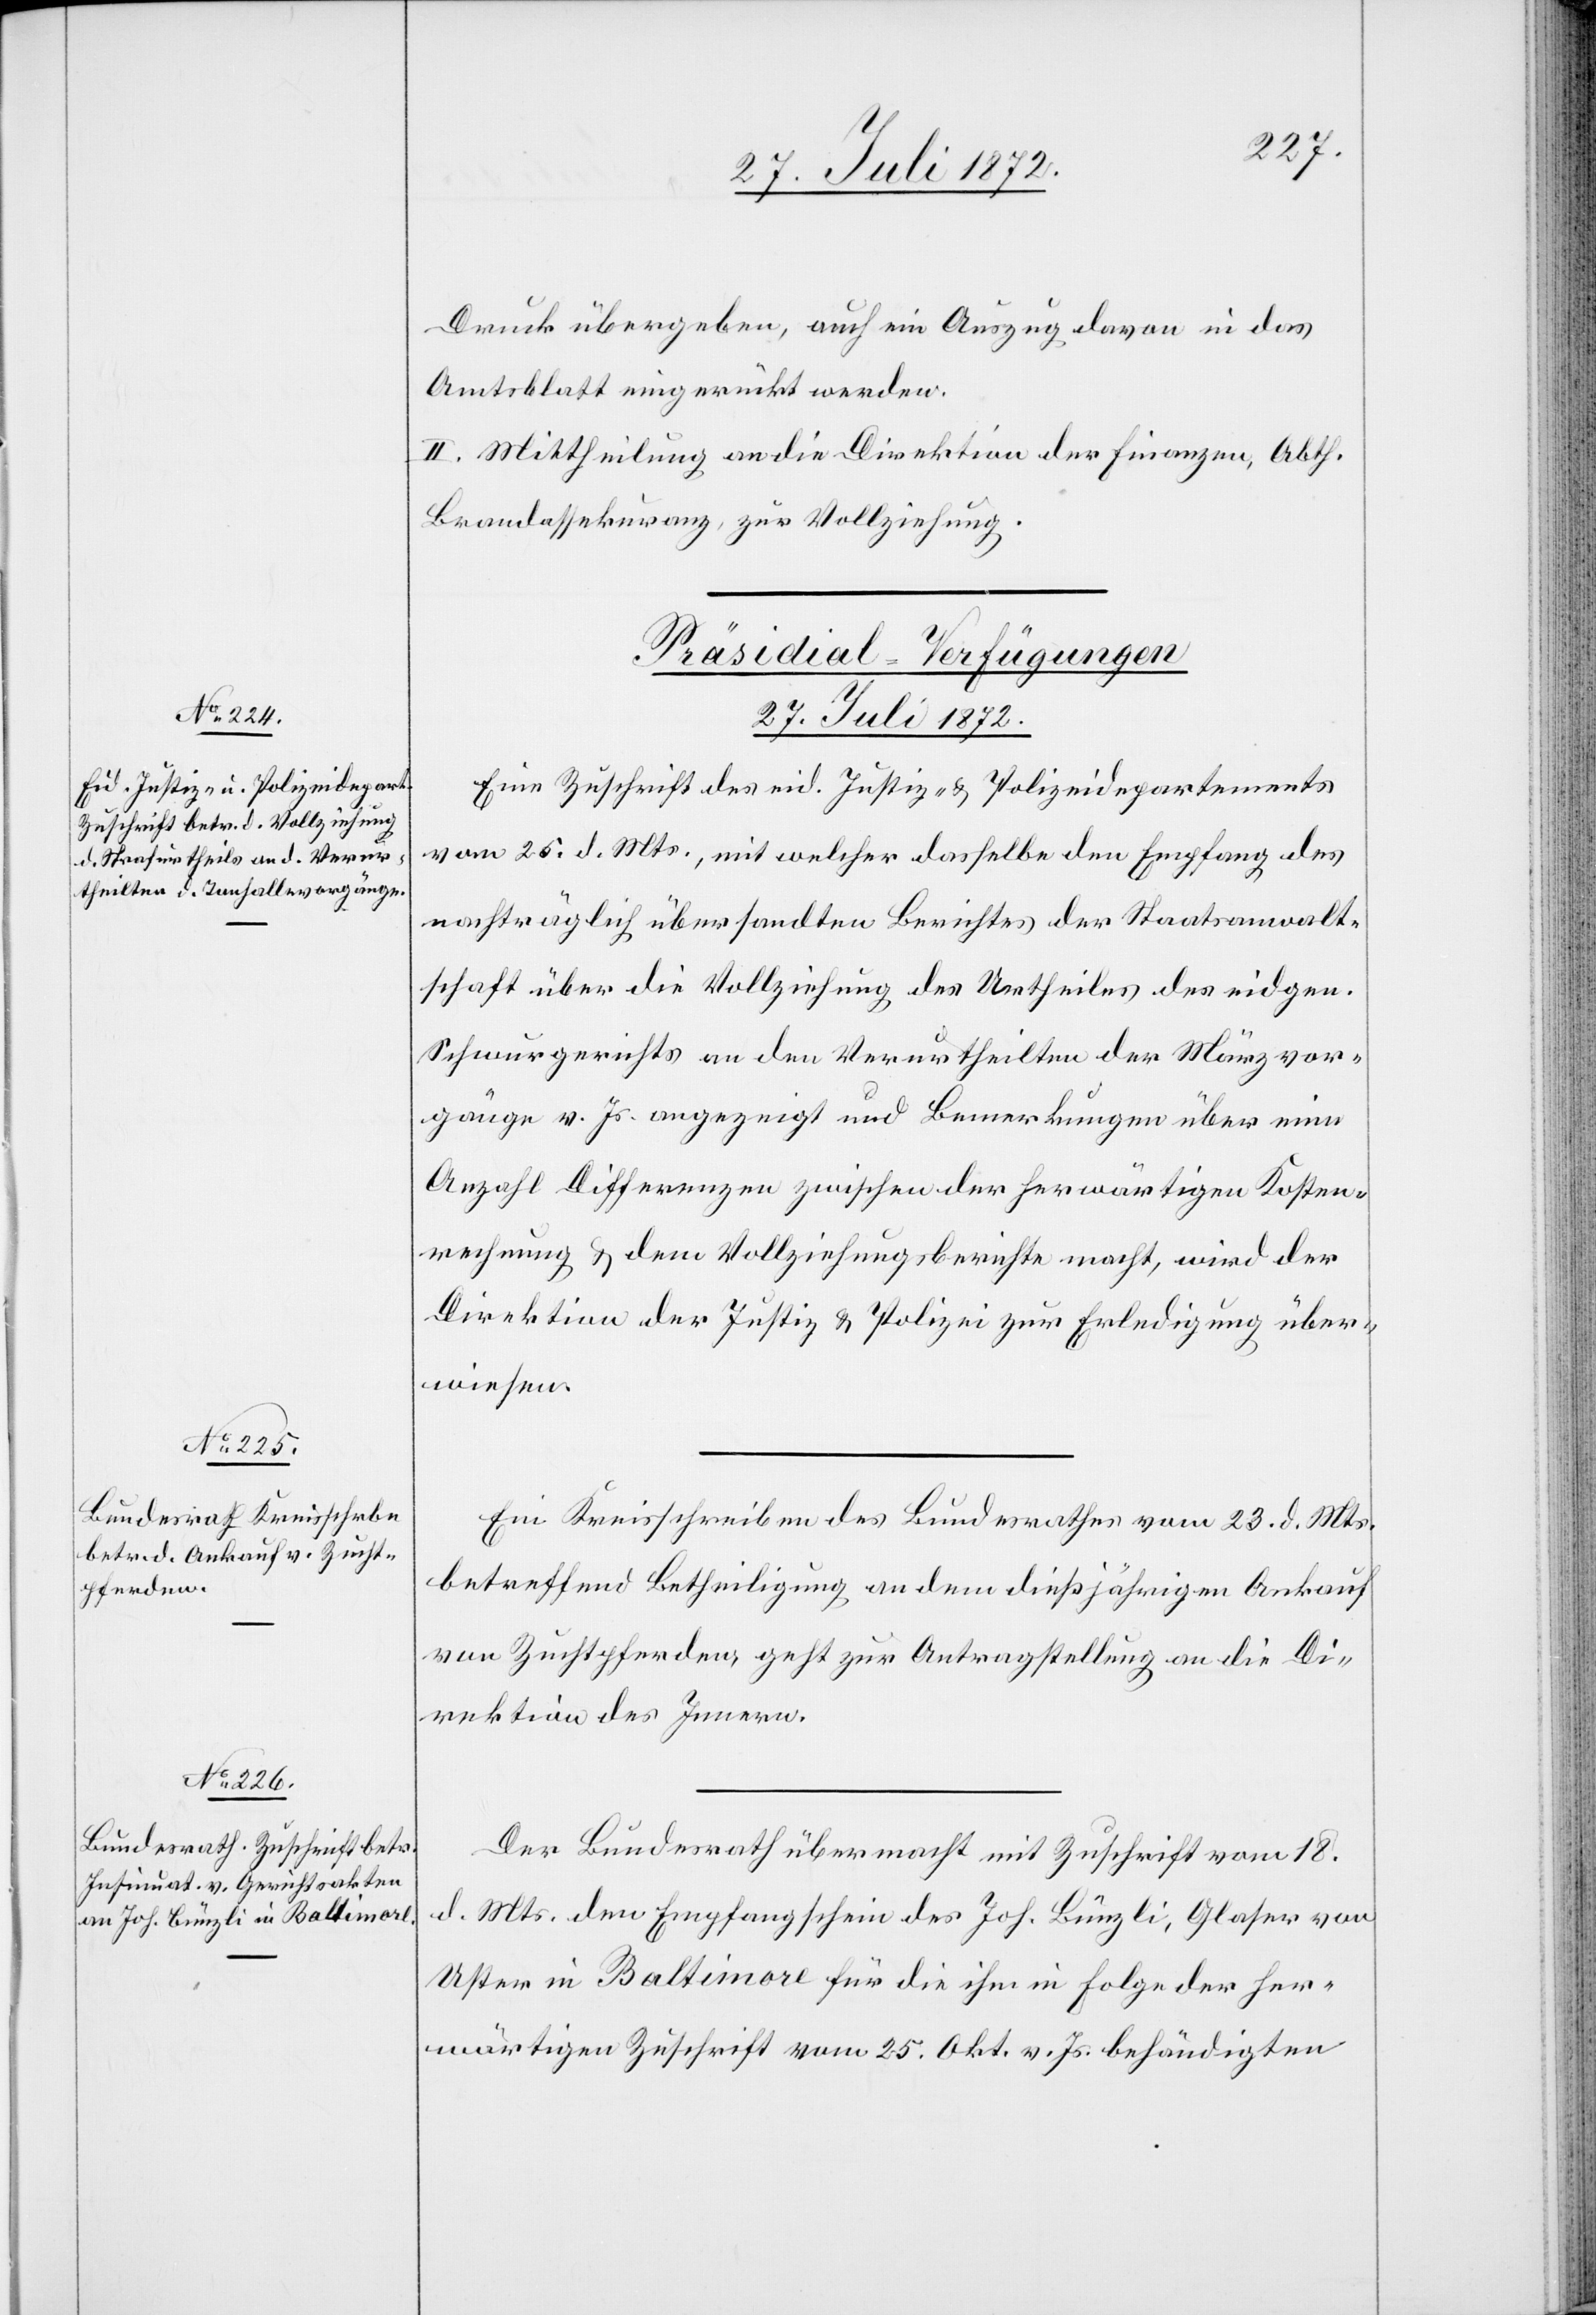
Druck übergeben, auch ein Auszug davon in das
Amtsblatt eingerückt werden.
II. Mittheilung an die Direktion der Finanzen, Abth.
Brandassekuranz, zur Vollziehung.
[Präsidial-Verfügungen
27. Juli 1872.]
Eine Zuschrift des eid. Justiz- u. Polizeidepartements
vom 25. d. Mts., mit welcher dasselbe den Empfang des
nachträglich übersandten Berichtes der Staatsanwalt¬
schaft über die Vollziehung des Urtheiles des eidgen.
Schwurgerichts an den Verurtheilten der Märzvor¬
gänge v. Js. angezeigt und Bemerkungen über eine
Anzahl Differenzen zwischen der herwärtigen Kosten¬
rechnung u. dem Vollziehungsberichte macht, wird der
Direktion der Justiz u. Polizei zur Erledigung über¬
wiesen.
Ein Kreisschreiben des Bundesrathes vom 23. d. Mts.
betreffend Betheiligung an dem dießjährigen Ankauf
von Zuchtpferden, geht zur Antragstellung an die Di¬
rektion des Innern.
Der Bundesrath übermacht mit Zuschrift vom 18.
d. Mts. den Empfangschein des Joh. Bünzli, Glaser von
Uster in Baltimore für die ihm in Folge der her¬
wärtigen Zuschrift vom 25. Okt. v. Js. behändigten